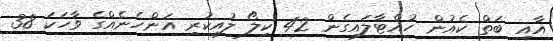
އާއި ބަތް ކެއުން ހުއްޓާލައިގެން 42 ކިލޯ ލުއިކުރި އަންހެނެއްގެ ވާހަކަ 38